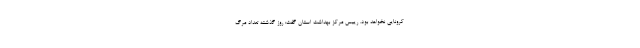
کرونایی نخواهد بود. رییس مرکز بهداشت استان گفت: روز گذشته تعداد مرگ